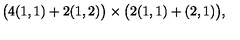
\big ( 4 ( 1 , 1 ) + 2 ( 1 , 2 ) \big ) \times \big ( 2 ( 1 , 1 ) + ( 2 , 1 ) \big ) ,